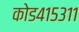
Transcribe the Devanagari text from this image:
कोड४१५३११